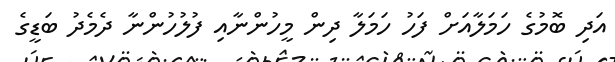
އަދި ބޮމުގެ ހަމަލާއަށް ފަހު ހަމަލާ ދިން މީހުންނާއި ފުލުހުންނާ ދެމެދު ބަޑީގެ